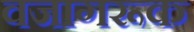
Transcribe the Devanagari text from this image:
वजागरूक